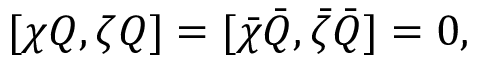
[ \chi Q , \zeta Q ] = [ \bar { \chi } \bar { Q } , \bar { \zeta } \bar { Q } ] = 0 ,